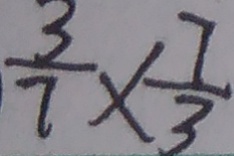
\frac { 3 } { 7 } \times \frac { 7 } { 3 }